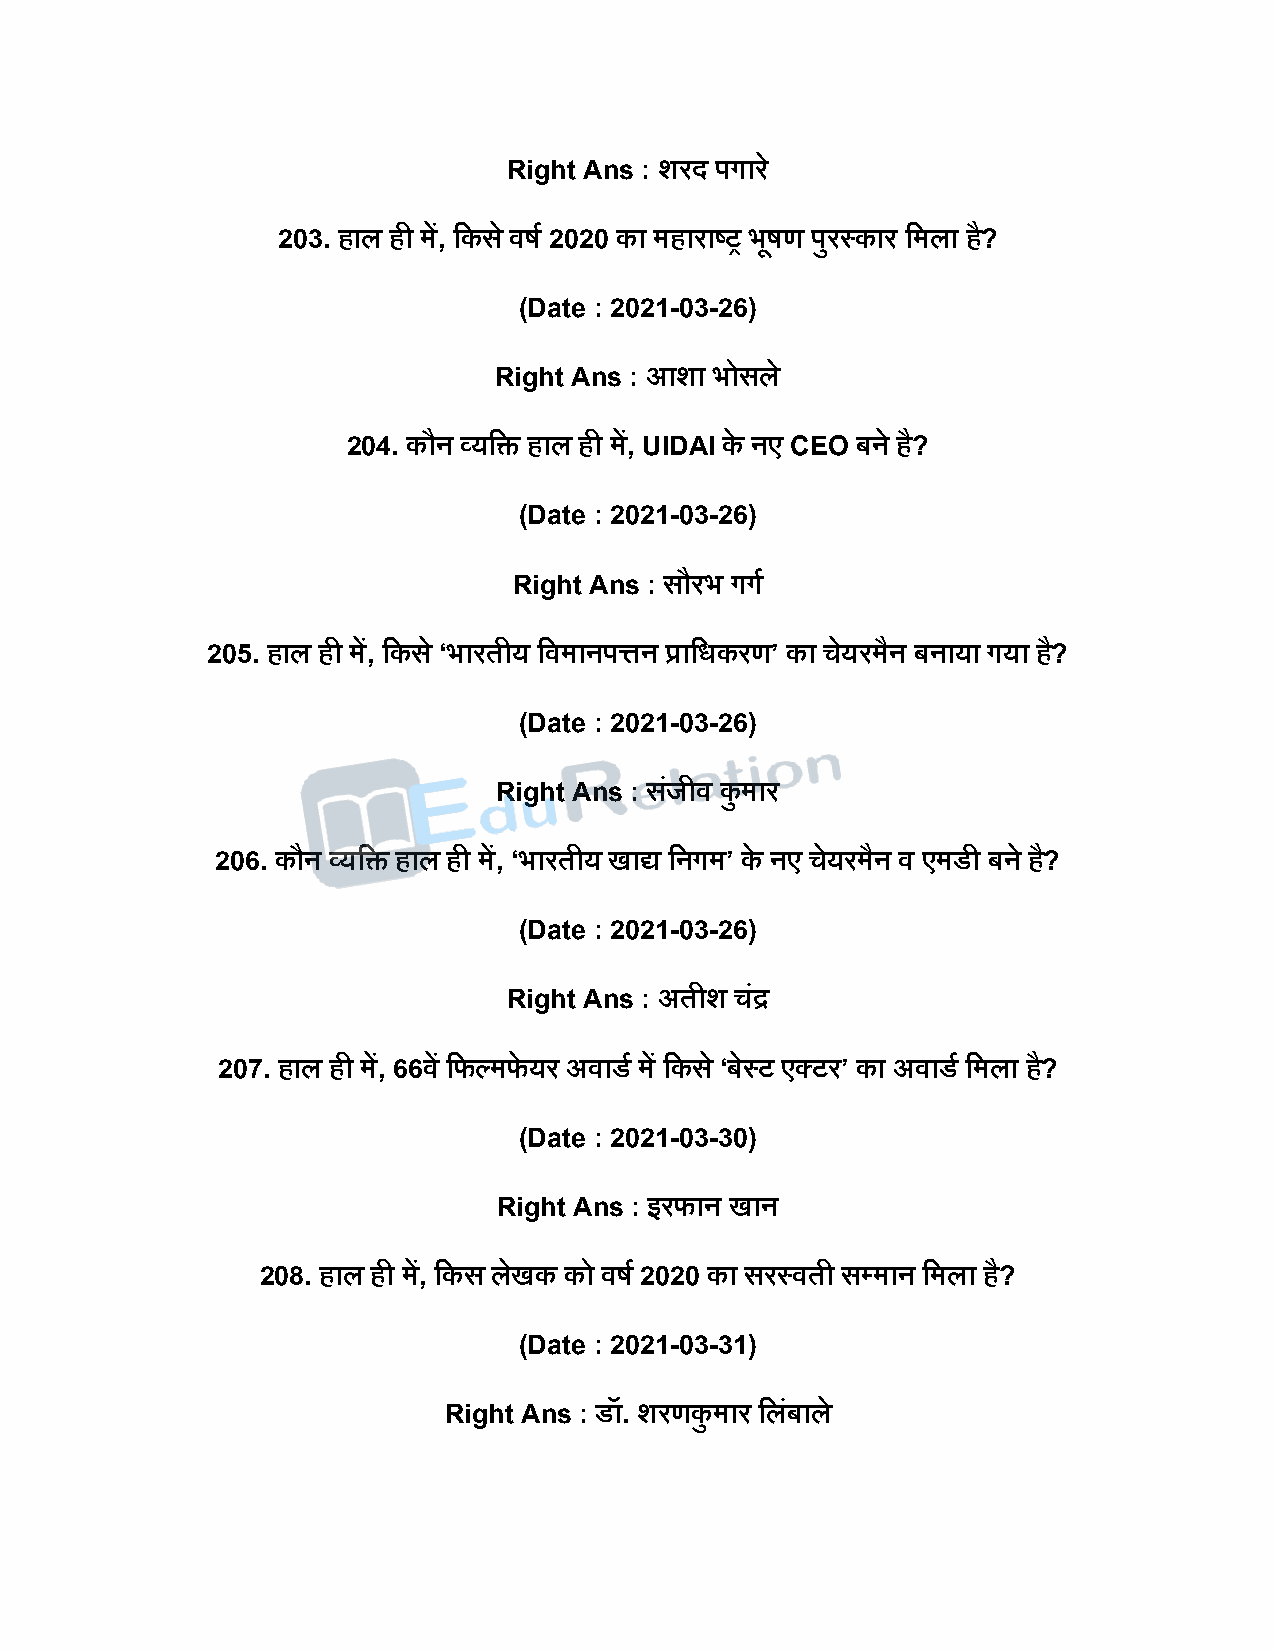
Right Ans : शरि िगार े
 203. हाल ही में, दकस े वर्ष 2020 का महाराष्ट्र भूर्ण िुरस्कार दमला है?
 (Date : 2021-03-26)
 Right Ans : आशा भोसले
 204. कौन व्यदि हाल ही में, UIDAI के नए CEO बने है?
 (Date : 2021-03-26)
 Right Ans : सौरभ गगष
 205. हाल ही में, दकस े ‘भारतीय दवमानित्तन प्रादधकरण’ का चेयरमैन बनाया गया ह?ै
 (Date : 2021-03-26)
 Right Ans : सजं ीव कु मार
 206. कौन व्यदि हाल ही में, ‘भारतीय खाद्य दनगम’ के नए चेयरमैन व एमडी बने ह?ै
 (Date : 2021-03-26)
 Right Ans : अतीश चंद्र
 207. हाल ही में, 66वें दफल्मफे यर अवाडष में दकस े ‘बेस्ट एक्टर’ का अवाडष दमला है?
 (Date : 2021-03-30)
 Right Ans : इरफान खान
 208. हाल ही में, दकस लेखक को वर्ष 2020 का सरस्वती सपमान दमला है?
 (Date : 2021-03-31)
 Right Ans : डॉ. शरणकु मार दलंबाल े